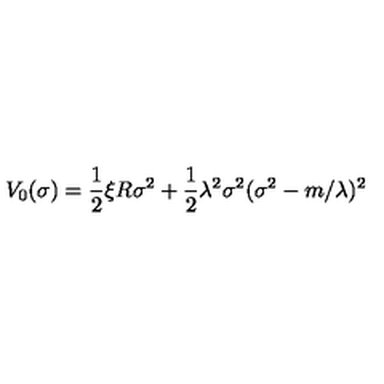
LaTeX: V _ { 0 } ( \sigma ) = \frac 1 2 \xi R \sigma ^ { 2 } + \frac 1 2 \lambda ^ { 2 } \sigma ^ { 2 } ( \sigma ^ { 2 } - m / \lambda ) ^ { 2 }